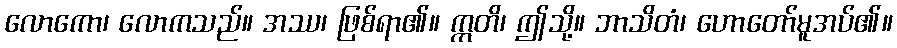
လောကော၊ လောကသည်။ အဿ၊ ဖြစ်ရာ၏။ ဣတိ၊ ဤသို့။ ဘာသိတံ၊ ဟောတော်မူအပ်၏။